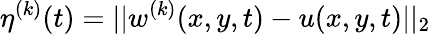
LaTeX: \eta^{(k)}(t)=||w^{(k)}(x,y,t)-u(x,y,t)||_{2}